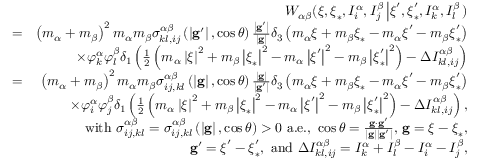
\begin{array} { r l r } & { } & { W _ { \alpha \beta } ( \boldsymbol { \xi } , \boldsymbol { \xi } _ { \ast } , I _ { i } ^ { \alpha } , I _ { j } ^ { \beta } \left\vert \boldsymbol { \xi } ^ { \prime } , \boldsymbol { \xi } _ { \ast } ^ { \prime } , I _ { k } ^ { \alpha } , I _ { l } ^ { \beta } \right. ) } \\ & { = } & { \left( m _ { \alpha } + m _ { \beta } \right) ^ { 2 } m _ { \alpha } m _ { \beta } \sigma _ { k l , i j } ^ { \alpha \beta } \left( \left\vert \mathbf { g } ^ { \prime } \right\vert , \cos \theta \right) \frac { \left\vert \mathbf { g } ^ { \prime } \right\vert } { \left\vert \mathbf { g } \right\vert } \delta _ { 3 } \left( m _ { \alpha } \boldsymbol { \xi } + m _ { \beta } \boldsymbol { \xi } _ { \ast } - m _ { \alpha } \boldsymbol { \xi } ^ { \prime } - m _ { \beta } \boldsymbol { \xi } _ { \ast } ^ { \prime } \right) } \\ & { } & { \times \varphi _ { k } ^ { \alpha } \varphi _ { l } ^ { \beta } \delta _ { 1 } \left( \frac { 1 } { 2 } \left( m _ { \alpha } \left\vert \boldsymbol { \xi } \right\vert ^ { 2 } + m _ { \beta } \left\vert \boldsymbol { \xi } _ { \ast } \right\vert ^ { 2 } - m _ { \alpha } \left\vert \boldsymbol { \xi } ^ { \prime } \right\vert ^ { 2 } - m _ { \beta } \left\vert \boldsymbol { \xi } _ { \ast } ^ { \prime } \right\vert ^ { 2 } \right) - \Delta I _ { k l , i j } ^ { \alpha \beta } \right) } \\ & { = } & { \left( m _ { \alpha } + m _ { \beta } \right) ^ { 2 } m _ { \alpha } m _ { \beta } \sigma _ { i j , k l } ^ { \alpha \beta } \left( \left\vert \mathbf { g } \right\vert , \cos \theta \right) \frac { \left\vert \mathbf { g } \right\vert } { \left\vert \mathbf { g } ^ { \prime } \right\vert } \delta _ { 3 } \left( m _ { \alpha } \boldsymbol { \xi } + m _ { \beta } \boldsymbol { \xi } _ { \ast } - m _ { \alpha } \boldsymbol { \xi } ^ { \prime } - m _ { \beta } \boldsymbol { \xi } _ { \ast } ^ { \prime } \right) } \\ & { } & { \times \varphi _ { i } ^ { \alpha } \varphi _ { j } ^ { \beta } \delta _ { 1 } \left( \frac { 1 } { 2 } \left( m _ { \alpha } \left\vert \boldsymbol { \xi } \right\vert ^ { 2 } + m _ { \beta } \left\vert \boldsymbol { \xi } _ { \ast } \right\vert ^ { 2 } - m _ { \alpha } \left\vert \boldsymbol { \xi } ^ { \prime } \right\vert ^ { 2 } - m _ { \beta } \left\vert \boldsymbol { \xi } _ { \ast } ^ { \prime } \right\vert ^ { 2 } \right) - \Delta I _ { k l , i j } ^ { \alpha \beta } \right) \mathrm { , } } \\ & { } & { \mathrm { w i t h ~ } \sigma _ { i j , k l } ^ { \alpha \beta } = \sigma _ { i j , k l } ^ { \alpha \beta } \left( \left\vert \mathbf { g } \right\vert , \cos \theta \right) > 0 \mathrm { ~ a . e . , ~ } \cos \theta = \frac { \mathbf { g } \cdot \mathbf { g } ^ { \prime } } { \left\vert \mathbf { g } \right\vert \left\vert \mathbf { g } ^ { \prime } \right\vert } \mathrm { , ~ } \mathbf { g } = \boldsymbol { \xi } - \boldsymbol { \xi } _ { \ast } \mathrm { , } } \\ & { } & { \mathbf { g } ^ { \prime } = \boldsymbol { \xi } ^ { \prime } - \boldsymbol { \xi } _ { \ast } ^ { \prime } \mathrm { , ~ a n d ~ } \Delta I _ { k l , i j } ^ { \alpha \beta } = I _ { k } ^ { \alpha } + I _ { l } ^ { \beta } - I _ { i } ^ { \alpha } - I _ { j } ^ { \beta } \mathrm { , } } \end{array}